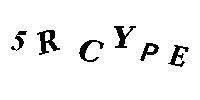
5RCYPE